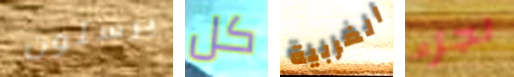
يرسلون كل الغربية لجزء